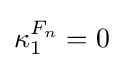
\kappa _{1}^{F_{n}}=0